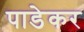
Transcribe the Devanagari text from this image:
पाडेकर